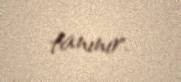
tanınır.